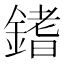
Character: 𨪌